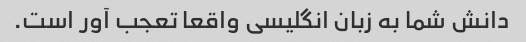
دانش شما به زبان انگلیسی واقعا تعجب آور است.